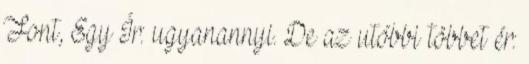
Font, Egy Ír: ugyanannyi. De az utóbbi többet ér: